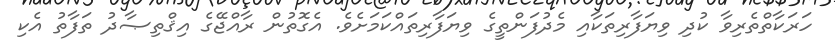
ހަރަކާތްތެރިވާ ކުދި ވިޔަފާރިތަކާއި މެދުފަންތީގެ ވިޔަފާރިތައްކަމަށެވެ. އެގޮތުން ރާއްޖޭގެ އިޤްތިޞާދު ތަފާތު އެކި